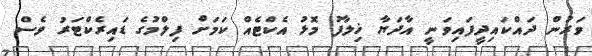
ވަރުން ދައްކައިދީފައިވަނީ އާދަޔާ ޚިލާފު މޮޅު އެކްޓެއް ކަމަށް ފިލްމުގެ ޑައިރެކްޓަރު ވެސް